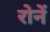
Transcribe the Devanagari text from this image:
रोनें